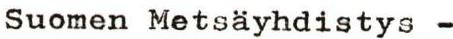
Suomen Metsäyhdistys -